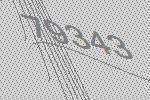
79343